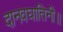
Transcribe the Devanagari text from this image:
दानवघातिनी॥